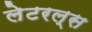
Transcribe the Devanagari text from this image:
लेटरल्स